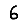
Digit: 6